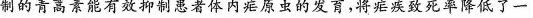
研制的青蒿素能有效抑制患者体内疟原虫的发育，将疟疾致死率降低了一